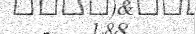
-   1.88